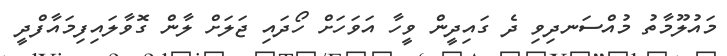
މައުލޫމާތު މުއްސަނދިވި ދެ ގައިދީން ވީހާ އަވަހަށް ހޯދައި ޖަލަށް ލާން ގޮވާލައިފިމައާފްދީ